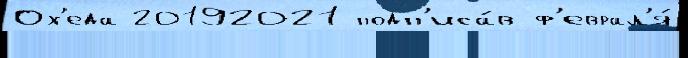
Ох'еда 20192021 подп'иса́в ф'еврал'я́